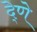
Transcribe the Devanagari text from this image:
दे्णे